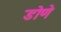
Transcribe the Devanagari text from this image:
डोणे